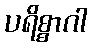
ပရိစ္စာဂါ